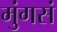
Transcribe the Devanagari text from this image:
मुंगसं